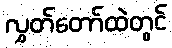
လွှတ်တော်ထဲတွင်